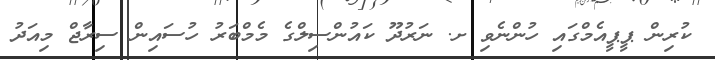
ކުރިން ޕީޕީއެމްގައި ހުންނެވި ށ. ނަރުދޫ ކައުންސިލްގެ މެމްބަރު ހުސައިން ސިރާޖް މިއަދު